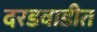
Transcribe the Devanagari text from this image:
दरडवाडीत